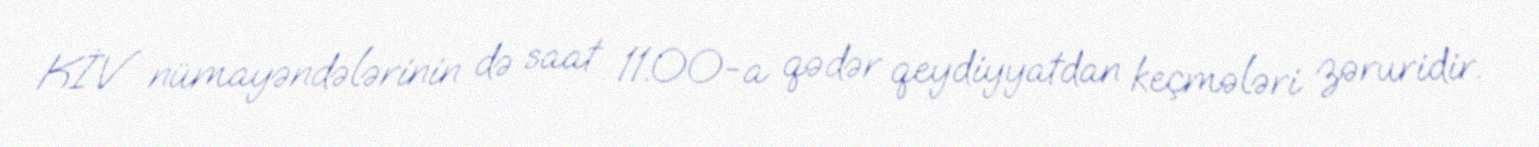
KİV nümayəndələrinin də saat 11.00-a qədər qeydiyyatdan keçmələri zəruridir.